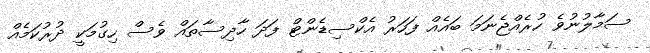
ސަމާލުނުވެ ހުރެއްޖެނަމަ ބައެއް ފަހަރު އެކްސިޑެންޓް ފަދަ ހާދިސާތައް ވެސް ހިގުމަކީ ދުރުކަމެއް